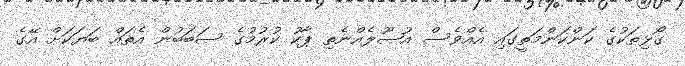
ގޯޅިތަކުގެ ކަންކަންމަތީގައި އެއްވެސް އުޞޫލެއްނެތި ޕާކު ކުރުމުގެ ސަބަބުން އެތައް ބަޔަކަށް އޭގެ